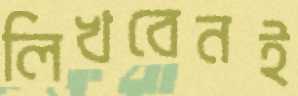
লিখবেনই